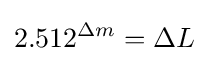
2.512^{\Delta {m}}=\Delta {L}